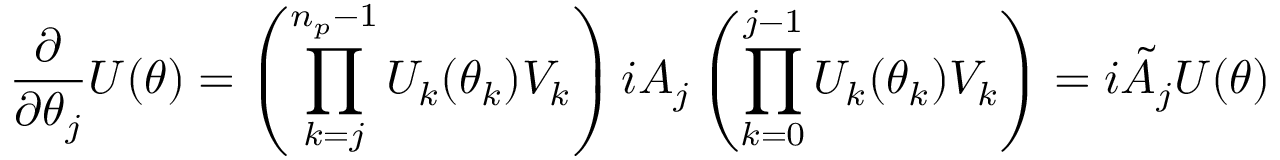
\frac { \partial } { \partial \theta _ { j } } U ( \theta ) = \left( \prod _ { k = j } ^ { n _ { p } - 1 } U _ { k } ( \theta _ { k } ) V _ { k } \right) i A _ { j } \left( \prod _ { k = 0 } ^ { j - 1 } U _ { k } ( \theta _ { k } ) V _ { k } \right) = i \tilde { A } _ { j } U ( \theta )